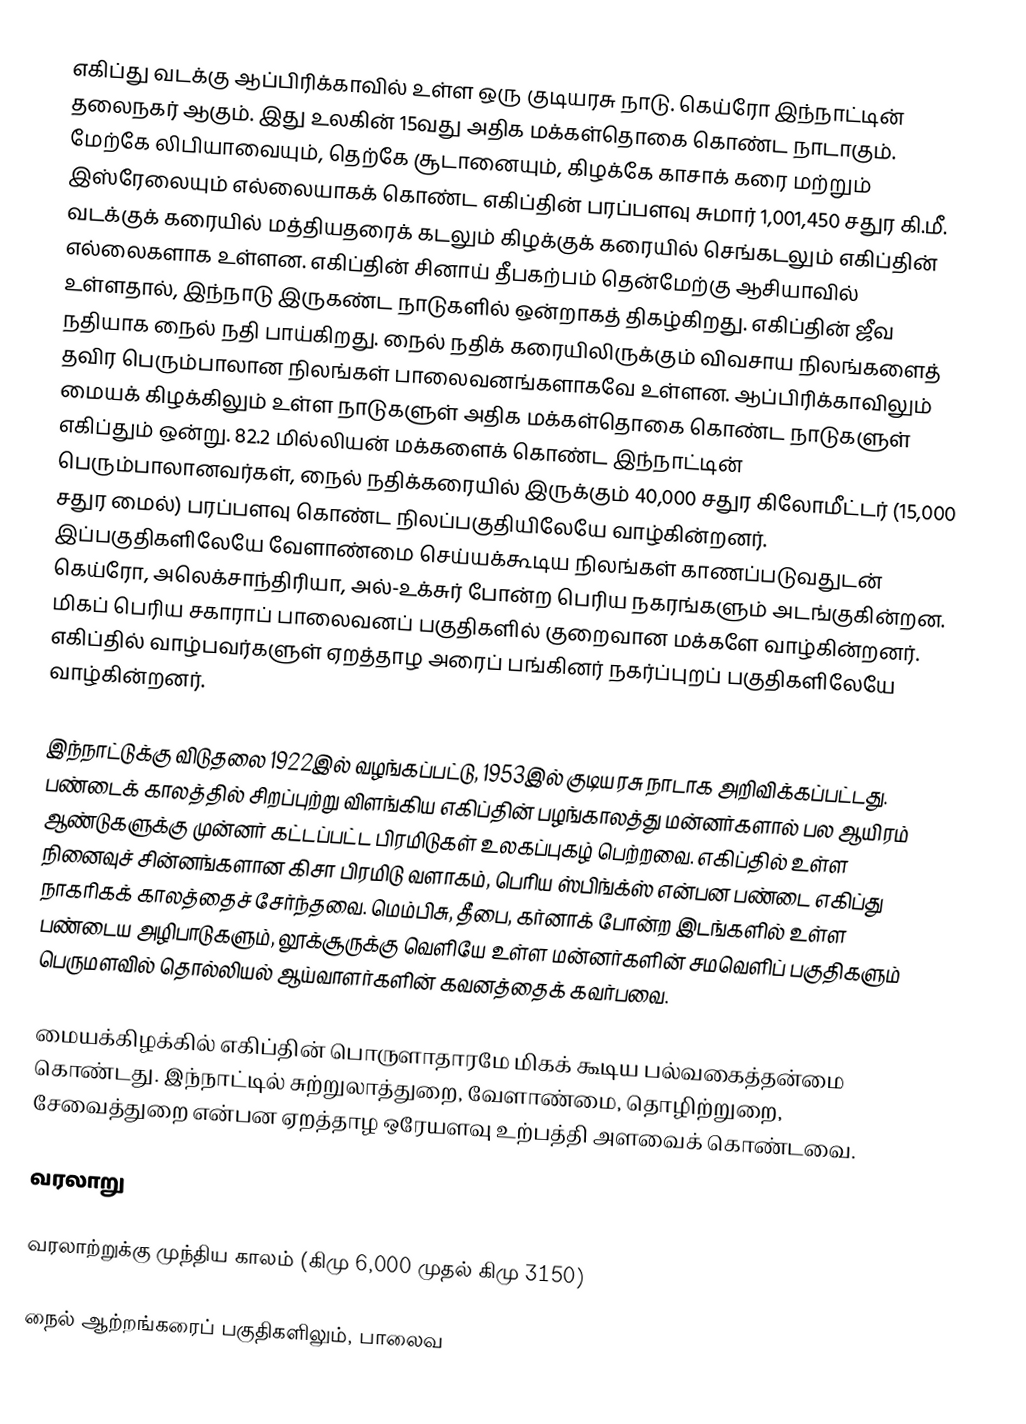
எகிப்து வடக்கு ஆப்பிரிக்காவில் உள்ள ஒரு குடியரசு நாடு. கெய்ரோ இந்நாட்டின் தலைநகர் ஆகும். இது உலகின் 15வது அதிக மக்கள்தொகை கொண்ட நாடாகும். மேற்கே லிபியாவையும், தெற்கே சூடானையும், கிழக்கே காசாக் கரை மற்றும் இஸ்ரேலையும் எல்லையாகக் கொண்ட எகிப்தின் பரப்பளவு சுமார் 1,001,450 சதுர கி.மீ. வடக்குக் கரையில் மத்தியதரைக் கடலும்  கிழக்குக் கரையில் செங்கடலும் எகிப்தின் எல்லைகளாக உள்ளன. எகிப்தின் சினாய் தீபகற்பம் தென்மேற்கு ஆசியாவில் உள்ளதால், இந்நாடு இருகண்ட நாடுகளில் ஒன்றாகத் திகழ்கிறது. எகிப்தின் ஜீவ நதியாக நைல் நதி பாய்கிறது. நைல் நதிக் கரையிலிருக்கும் விவசாய நிலங்களைத் தவிர பெரும்பாலான நிலங்கள் பாலைவனங்களாகவே உள்ளன. ஆப்பிரிக்காவிலும் மையக் கிழக்கிலும் உள்ள நாடுகளுள் அதிக மக்கள்தொகை கொண்ட நாடுகளுள் எகிப்தும் ஒன்று. 82.2 மில்லியன் மக்களைக் கொண்ட இந்நாட்டின் பெரும்பாலானவர்கள், நைல் நதிக்கரையில் இருக்கும் 40,000 சதுர கிலோமீட்டர் (15,000 சதுர மைல்) பரப்பளவு கொண்ட நிலப்பகுதியிலேயே வாழ்கின்றனர். இப்பகுதிகளிலேயே வேளாண்மை செய்யக்கூடிய நிலங்கள் காணப்படுவதுடன் கெய்ரோ, அலெக்சாந்திரியா, அல்-உக்சுர் போன்ற பெரிய நகரங்களும் அடங்குகின்றன. மிகப் பெரிய சகாராப் பாலைவனப் பகுதிகளில் குறைவான மக்களே வாழ்கின்றனர். எகிப்தில் வாழ்பவர்களுள் ஏறத்தாழ அரைப் பங்கினர் நகர்ப்புறப் பகுதிகளிலேயே வாழ்கின்றனர்.

இந்நாட்டுக்கு விடுதலை 1922இல் வழங்கப்பட்டு, 1953இல் குடியரசு நாடாக அறிவிக்கப்பட்டது. பண்டைக் காலத்தில் சிறப்புற்று விளங்கிய எகிப்தின் பழங்காலத்து மன்னர்களால் பல ஆயிரம் ஆண்டுகளுக்கு முன்னர் கட்டப்பட்ட பிரமிடுகள் உலகப்புகழ் பெற்றவை. எகிப்தில் உள்ள நினைவுச் சின்னங்களான கிசா பிரமிடு வளாகம், பெரிய ஸ்பிங்க்ஸ் என்பன பண்டை எகிப்து நாகரிகக் காலத்தைச் சேர்ந்தவை. மெம்பிசு, தீபை, கர்னாக் போன்ற இடங்களில் உள்ள பண்டைய அழிபாடுகளும், லூக்சூருக்கு வெளியே உள்ள மன்னர்களின் சமவெளிப் பகுதிகளும் பெருமளவில் தொல்லியல் ஆய்வாளர்களின் கவனத்தைக் கவர்பவை.

மையக்கிழக்கில் எகிப்தின் பொருளாதாரமே மிகக் கூடிய பல்வகைத்தன்மை கொண்டது. இந்நாட்டில் சுற்றுலாத்துறை, வேளாண்மை, தொழிற்றுறை, சேவைத்துறை என்பன ஏறத்தாழ ஒரேயளவு உற்பத்தி அளவைக் கொண்டவை.

வரலாறு

வரலாற்றுக்கு முந்திய காலம்  (கிமு 6,000 முதல் கிமு 3150)

நைல் ஆற்றங்கரைப் பகுதிகளிலும், பாலைவ